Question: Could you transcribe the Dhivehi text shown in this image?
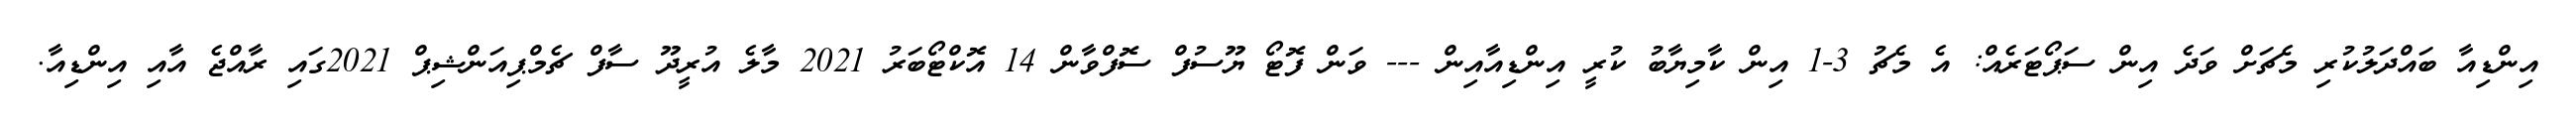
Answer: އިންޑިއާ ބައްދަލުކުރި މެޗަށް ވަދެ އިން ސަޕޯޓަރެއް: އެ މެޗު 3-1 އިން ކާމިޔާބު ކުރީ އިންޑިއާއިން --- ވަން ފޮޓޯ ޔޫސުފް ސޮފްވާން 14 އޮކްޓޯބަރު 2021 މާލެ އުރީދޫ ސާފް ޗެމްޕިއަންޝިޕް 2021ގައި ރާއްޖެ އާއި އިންޑިއާ.